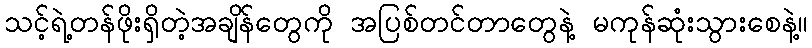
သင့်ရဲ့တန်ဖိုးရှိတဲ့အချိန်တွေကို အပြစ်တင်တာတွေနဲ့ မကုန်ဆုံးသွားစေနဲ့။